[Report on the health of British troops in the Madras command]
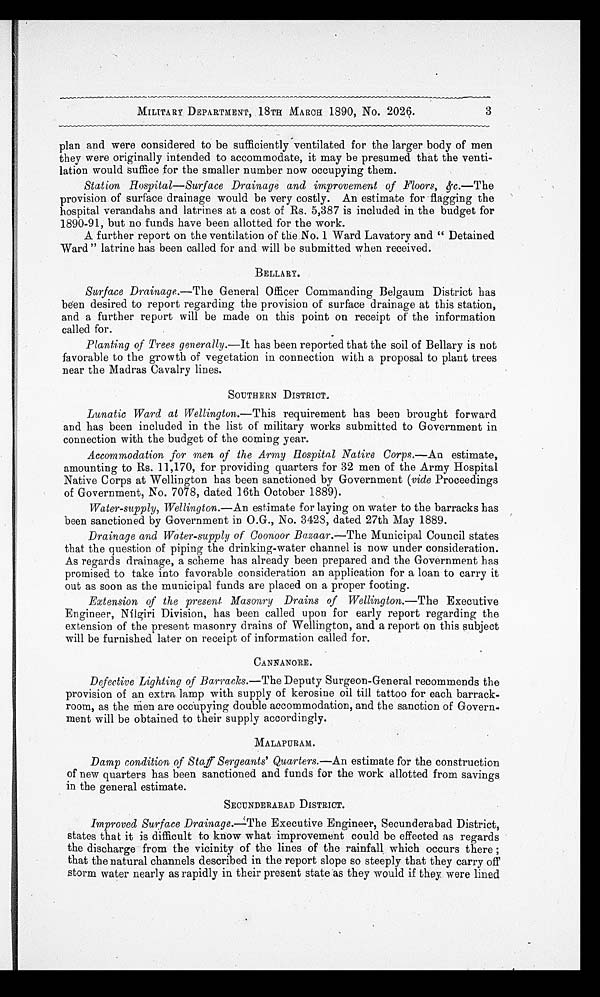
MILITARY DEPARTMENT, 18TH MARCH 1890, No. 2026.
plan and were considered to be sufficiently ventilated for the larger body of men
they were originally intended to accommodate, it may be presumed that the venti
-lation would suffice for the smaller number now occupying them.
Station Hospital—Surface Drainage and improvement of Floors, &c.—The
provision of surface drainage would be very costly. An estimate for flagging the
hospital verandahs and latrines at a cost of Rs. 5,387 is included in the budget for
1890-91, but no funds have been allotted for the work.
A further report on the ventilation of the No. 1 Ward Lavatory and "Detained
Ward " latrine has been called for and will be submitted when received.
BELLARY.
Surface Drainage.—The General Officer Commanding Belgaum District has
been desired to report regarding the provision of surface drainage at this station,
and a further report will be made on this point on receipt of the information
called for.
Planting of Trees generally.— It has been reported that the soil of Bellary is not
favorable to the growth of vegetation in connection with a proposal to plant trees
near the Madras Cavalry lines.
SOUTHERN DISTRICT.
Lunatic Ward at Wellington.—This requirement has been brought forward
and has been included in the list of military works submitted to Government in
connection with the budget of the coming year.
Accommodation for men of the Army Hospital Native Corps.—An estimate,
amounting to Rs. 11,170, for providing quarters for 32 men of the Army Hospital
Native Corps at Wellington has been sanctioned by Government (vide Proceedings
of Government, No. 7078, dated 16th October 1889).
Water-supply, Wellington.—An estimate for laying on water to the barracks has
been sanctioned by Government in O.G., No. 3428, dated 27th May 1889.
Drainage and Water-supply of Coonoor Bazaar.—The Municipal Council states
that the question of piping the drinking-water channel is now under consideration.
As regards drainage, a scheme has already been prepared and the Government has
promised to take into favorable consideration an application for a loan to carry it
out as soon as the municipal funds are placed on a proper footing.
Extension of the present Masonry Drains of Wellington.— The Executive
Engineer, Nilgiri Division, has been called upon for early report regarding the
extension of the present masonry drains of Wellington, and a report on this subject
will be furnished later on receipt of information called for.
CANNANORE.
Defective Lighting of Barracks.—The Deputy Surgeon-General recommends the
provision of an extra lamp with supply of kerosine oil till tattoo for each barrack
-room, as the men are occupying double accommodation, and the sanction of Govern
- m e n t w i l l b e o b t a i n e d t o t h e i r s u p p l y a c c o r d i n g l y .
MALAPURAM.
Damp condition of Staff Sergeants' Quarters.— An estimate for the construction
of new quarters has been sanctioned and funds for the work allotted from savings
in the general estimate.
SECUNDERABAD DISTRICT.
Improved Surface Drainage.—The Executive Engineer, Secunderabad District,
states that it is difficult to know what improvement could be effected as regards
the discharge from the vicinity of the lines of the rainfall which occurs there;
that the natural channels described in the report slope so steeply that they carry off
storm water nearly as rapidly in their present state as they would if they were lined
3